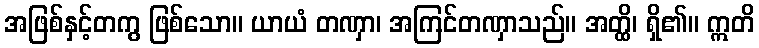
အဖြစ်နှင့်တကွ ဖြစ်သော။ ယာယံ တဏှာ၊ အကြင်တဏှာသည်။ အတ္ထိ၊ ရှိ၏။ ဣတိ